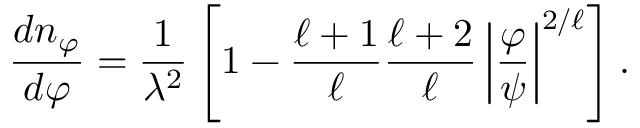
{ \frac { d n _ { \varphi } } { d \varphi } } = { \frac { 1 } { \lambda ^ { 2 } } } \left[ 1 - { \frac { \ell + 1 } { \ell } } { \frac { \ell + 2 } { \ell } } \left| \frac { \varphi } { \psi } \right| ^ { 2 / \ell } \right] .